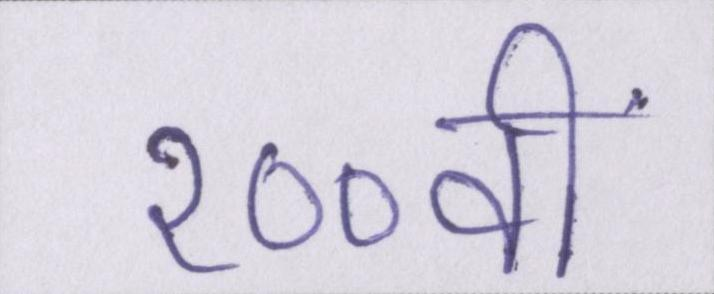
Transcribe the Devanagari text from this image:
१००वीं